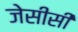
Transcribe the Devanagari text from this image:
जेसीसी